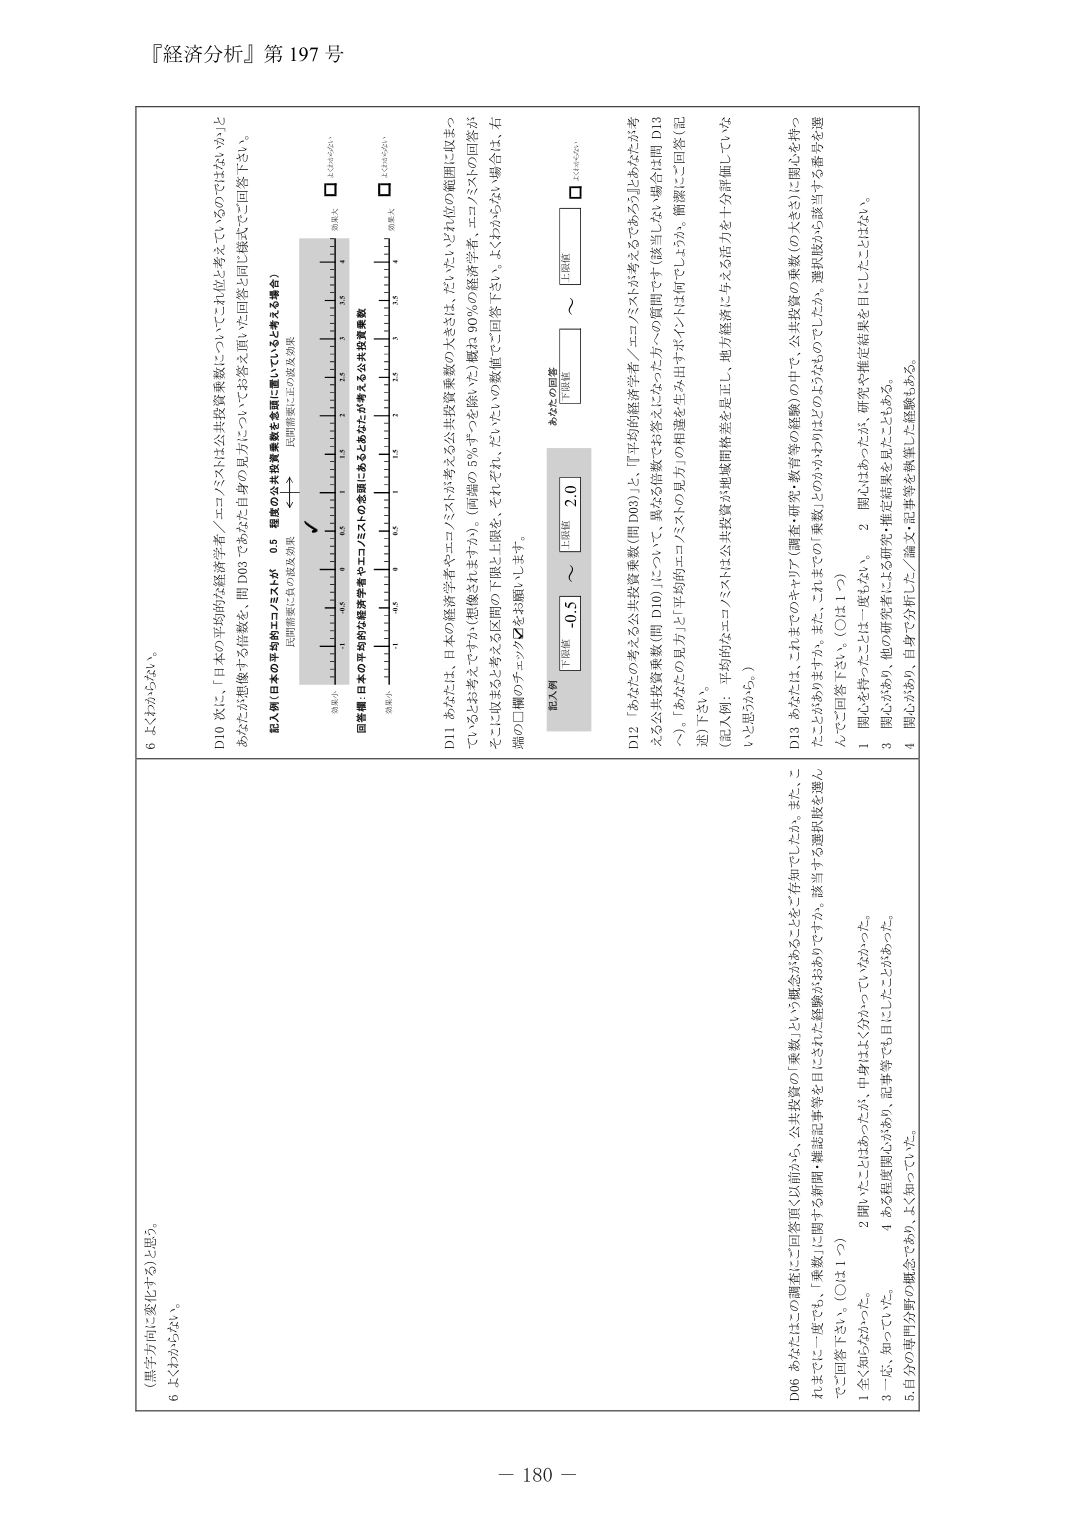
『経済分析』第197号

（黒字方向に変化する）と思う。
6 よくわからない。

D06 あなたはこの調査にご回答頂く以前から、公共投資の「乗数」という概念があることをご存知でしたか。また、こ
れまでに一度でも、「乗数」に関する経験がおありですか。該当する選択肢を選ん
でご回答下さい。（OH11つ）

1 全く知らなかった。
2 聞いたことはあったが、中身はよく分かっていなかった。
3 一応、知っていたが、ある程度関心があり、記事等でも目にしたことがあった。
5. 自分の専門分野の概念であり、よく知っていた。

6 よくわからない。

D10 次に、「日本の平均的な経済学者／エコノミストは公共投資乗数についてこれほど考えているのではない」と
あなたが想像する情報を、問 D06 であなた自身の見方についてお答え頂いた回答と同じ様式でご回答下さい。

記入例（日本の平均的なエコノミストが 0.5 程度の公共投資乗数を念頭に置いていると考える場合）
民間需要に負の波及効果
←→
民間需要に正の波及効果

回答欄：日本の平均的な経済学者やエコノミストの念頭にあるとあなたが考える公共投資乗数

効果小 0 0.5 1 1.5 2 2.5 3 3.5 4 効果大
□ これはない
効果小 0 0.5 1 1.5 2 2.5 3 3.5 4 効果大
□ これはない

D11 あなたは、日本の経済学者やエコノミストが考える公共投資乗数の大きさは、だいたいどれ位の範囲に収まっ
ているとお考えですか（相像されますか）。（両端の90％を除いた）概ね90％の経済学者、エコノミストの回答が
そこに収まると考える区間の下限と上限を、それぞれ、だいたいの数値でご回答下さい。よくわからない場合は、右
端の□欄のチェック☑をお願いします。

記入例
下限値 -0.5 ～ 上限値 2.0
あなたの回答
下限値 ～ 上限値
□ これはない

D12 「あなたが考える公共投資乗数（問 D06）」と、「日本の平均的な経済学者／エコノミストが考えるであろう」（あなたが考
える公共投資乗数（問 D10））について、異なる値数でお答えになった方へ質問です（該当しない場合は問 D13
へ）。「あなた自身の見方」と「平均的なエコノミストの見方」の相違を生み出すポイントは何でしょうか。簡潔にご回答（記
述）下さい。
（記入例：平均的なエコノミストは公共投資が地域間格差を是正し、地方経済に与える活力を十分評価していな
いと思うから。）

D13 あなたは、これまでのキャリア（調査・研究・教育等の経験）の中で、公共投資の乗数（の大きさ）に関心を持っ
たことがありますか。また、これまでの「乗数」どのようなものかはどのようなものでしたか、選択肢から該当する番号を選
んでご回答下さい。（OH11つ）

1 関心を持ったことは一度もない。
2 関心はあったが、研究や推定結果を目にしたことはない。
3 関心があり、他の研究者による研究・推定結果を見たことがある。
4 関心があり、自身で分析した／論文・記事等を執筆した経験もある。

－ 180 －